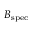
B _ { \mathrm { { s p e c } } }